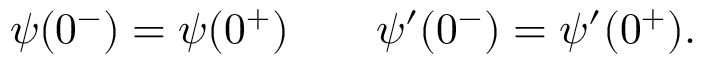
\psi ( 0 ^ { - } ) = \psi ( 0 ^ { + } ) \qquad \psi ^ { \prime } ( 0 ^ { - } ) = \psi ^ { \prime } ( 0 ^ { + } ) .